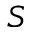
S